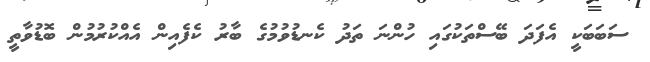
ސަބަބަކީ އެފަދަ ބޭސްތަކުގައި ހުންނަ ތަދު ކެނޑުވުމުގެ ބާރު ކެފެއިން އެއްކުރުމުން ބޮޑުވާތީ